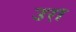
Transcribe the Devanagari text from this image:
उरा